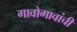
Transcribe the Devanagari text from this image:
गावोगावांची